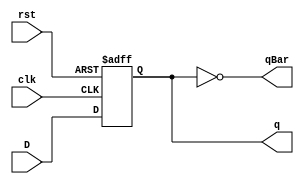
module DFlipFlop2(q, qBar, D, clk, rst);
	input D, clk, rst;
	output q, qBar;
	reg q;
	not n1 (qBar, q);
	always@ (posedge rst or posedge clk)
		begin
			if(rst)
				q = 1;
			else
				q = D;
		end
endmodule